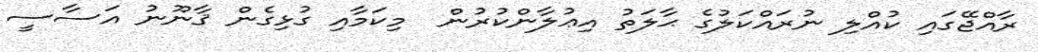
ރާއްޖޭގައި ކުއްލި ނުރައްކަލުގެ ޙާލަތު އިޢުލާންކުރުން  މިކަމާއި ގުޅިގެން ޤާނޫނު އަސާސީ